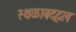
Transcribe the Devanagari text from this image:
स्थळाबद्दल